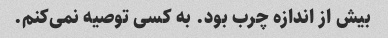
بیش از اندازه چرب بود. به کسی توصیه نمی‌کنم.